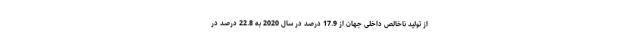
از تولید ناخالص داخلی جهان از 17.9 درصد در سال 2020 به 22.8 درصد در